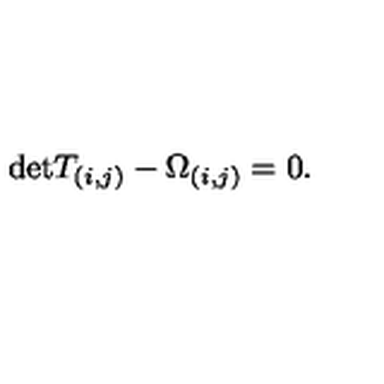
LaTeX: \mathrm { d e t } T _ { ( i , j ) } - \Omega _ { ( i , j ) } = 0 .